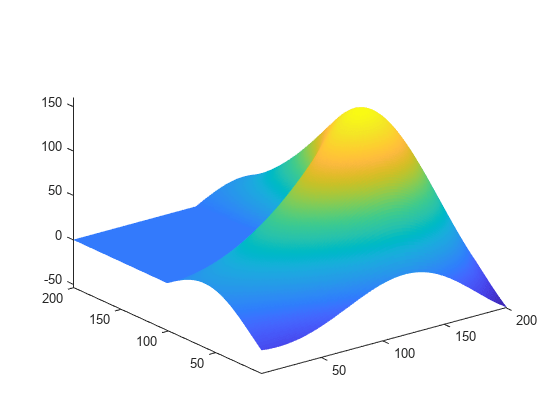
matlab, surface